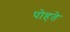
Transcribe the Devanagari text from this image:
पोहते